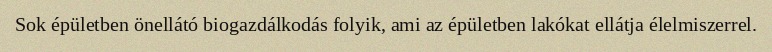
Sok épületben önellátó biogazdálkodás folyik, ami az épületben lakókat ellátja élelmiszerrel.